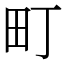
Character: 町